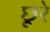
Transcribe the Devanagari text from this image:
छूरे